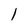
Character: 1